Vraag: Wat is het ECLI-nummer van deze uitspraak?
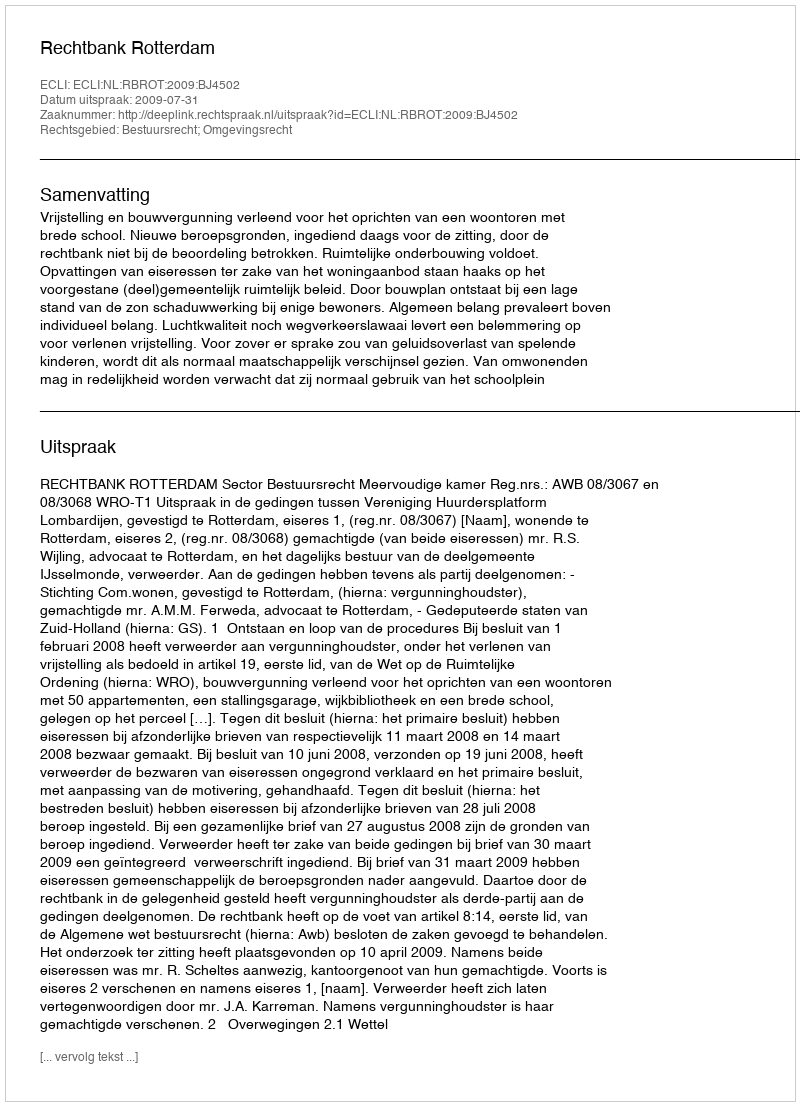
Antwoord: ECLI:NL:RBROT:2009:BJ4502